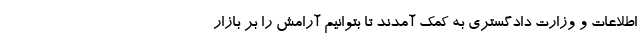
اطلاعات و وزارت دادگستری به کمک آمدند تا بتوانیم آرامش را بر بازار